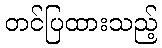
တင်ပြထားသည့်